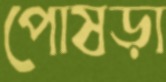
পোষড়া